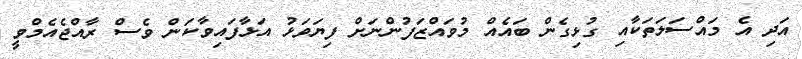
އަދި އެ މައްސަލަތަކާއި ގުޅިގެން ބައެއް މުވައްޒަފުންނަށް ފިޔަވަޅު އަޅާފައިވާކަން ވެސް ރާއްޖެއެމްވީ